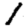
Digit: 1